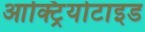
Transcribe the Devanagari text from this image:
आक्ट्रियोटाइड